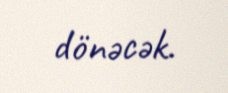
dönəcək.